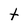
Character: t